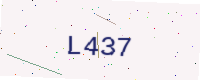
Text: L437